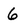
Character: 6